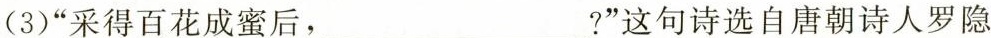
(3)”采得百花成蜜后，___?”这句诗选自唐朝诗人罗隐